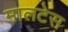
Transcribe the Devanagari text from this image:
मालटेस